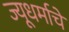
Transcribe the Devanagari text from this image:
ज्यूधर्माचे